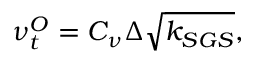
\quad \nu _ { t } ^ { O } = C _ { \nu } \Delta \sqrt { k _ { S G S } } ,